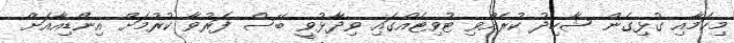
މިކަމާއި ގުޅިގެން ޝާހިދު ކުރެއްވި ޓުވިޓެއްގައި ވިދާޅުވީ ބޭސް ފަރުވާ ކުރުމަށް އިންޑިއާއަށް